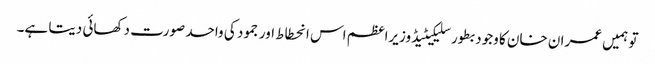
تو ہمیں عمران خان کا وجود بطور سلیکیٹیڈ وزیراعظم اس انحطاط اور جمود کی واحد صورت دکھائی دیتا ہے۔